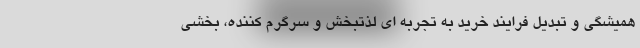
همیشگی و تبدیل فرایند خرید به تجربه ای لذتبخش و سرگرم کننده، بخشی